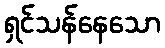
ရှင်သန်နေသော